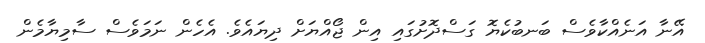
އޭނާ އަނެއްކާވެސް ބަނބުކެޔޮ ގަސްދޮށުގައި އިން ޖޯއްޔަށް ދިޔައެވެ. އެހެން ނަމަވެސް ސާމިޔާމެން